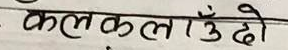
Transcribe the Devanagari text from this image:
कलकलाउँदो